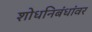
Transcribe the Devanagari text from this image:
शोधनिबंधांवर